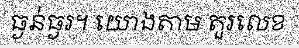
ធ្ងន់ធ្ងរ។ យោងតាម តួរលេខ